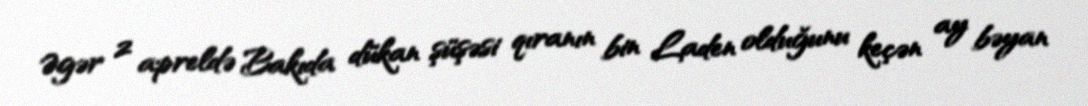
Əgər 2 apreldə Bakıda dükan şüşəsi qıranın bin Laden olduğunu keçən ay bəyan